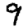
Digit: 9